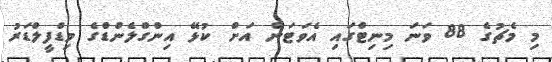
މި މެޗުގެ 88 ވަނަ މިނިޓްގައި އެވަޓަން އަށް ކުޅޭ އިންގްލެންޑްގެ މިޑްފީލްޑަރު